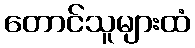
တောင်သူများထံ